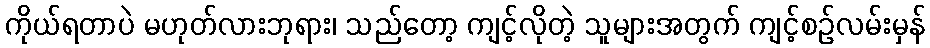
ကိုယ်ရတာပဲ မဟုတ်လားဘုရား၊ သည်တော့ ကျင့်လိုတဲ့ သူများအတွက် ကျင့်စဉ်လမ်းမှန်